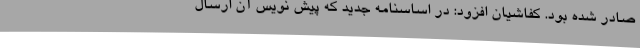
صادر شده بود. کفاشیان افزود: در اساسنامه جدید که پیش نویس آن ارسال